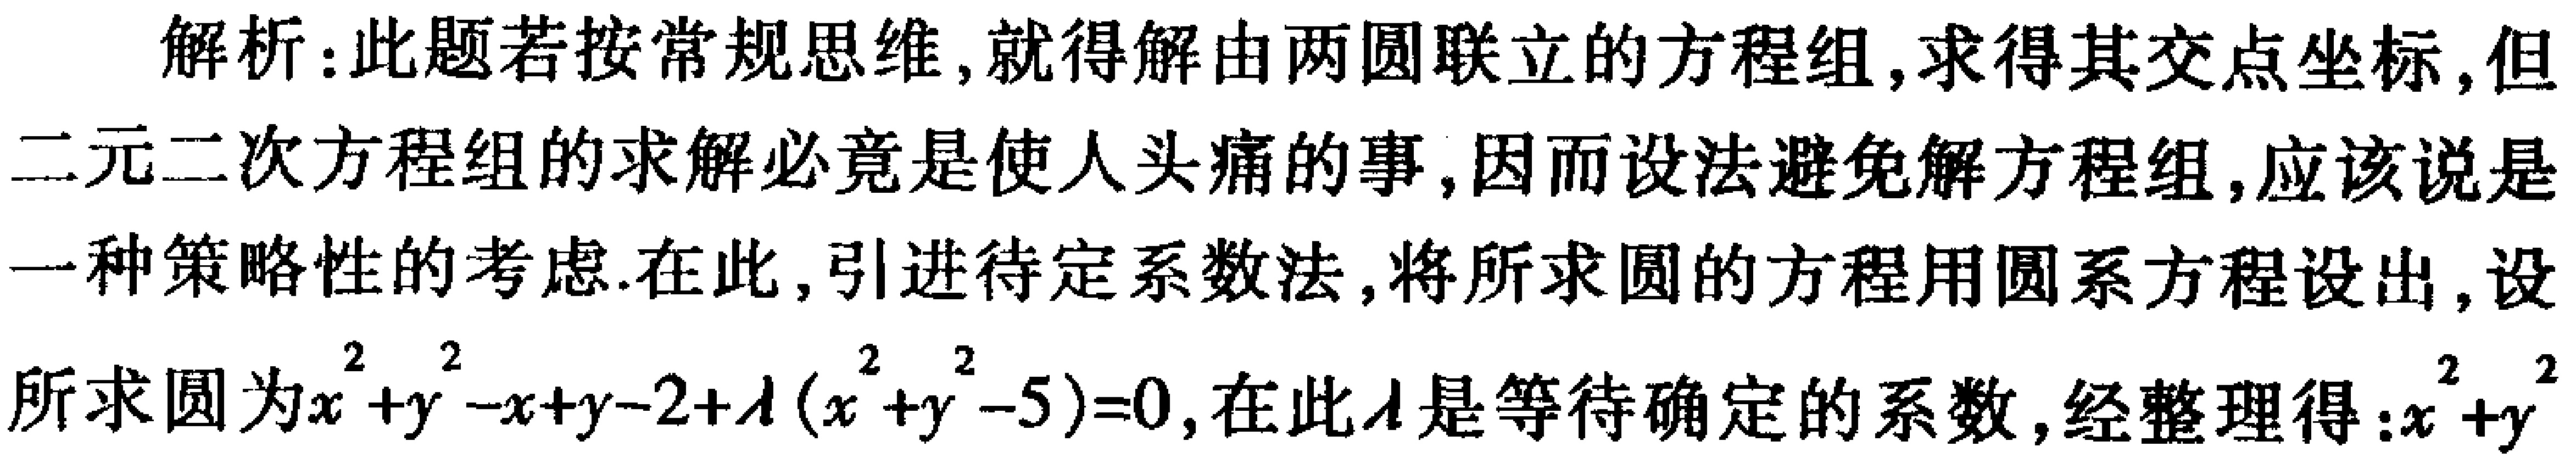
解析：此题若按常规思维, 就得解由两圆联立的方程组, 求得其交点坐标, 但二元二次方程组的求解必竟是使人头痛的事, 因而设法避免解方程组, 应该说是一种策略性的考虑.在此, 引进待定系数法, 将所求圆的方程用圆系方程设出, 设所求圆为\(x^{2}+y^{2}-x + y - 2+\lambda(x^{2}+y^{2}-5)=0\), 在此\(\lambda\)是等待确定的系数, 经整理得:\(x^{2}+y^{2}\)